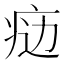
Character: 𤶒